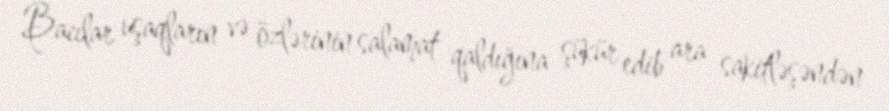
Bacılar uşaqların və özlərinin salamat qaldığına şükür edib ara sakitləşəndən